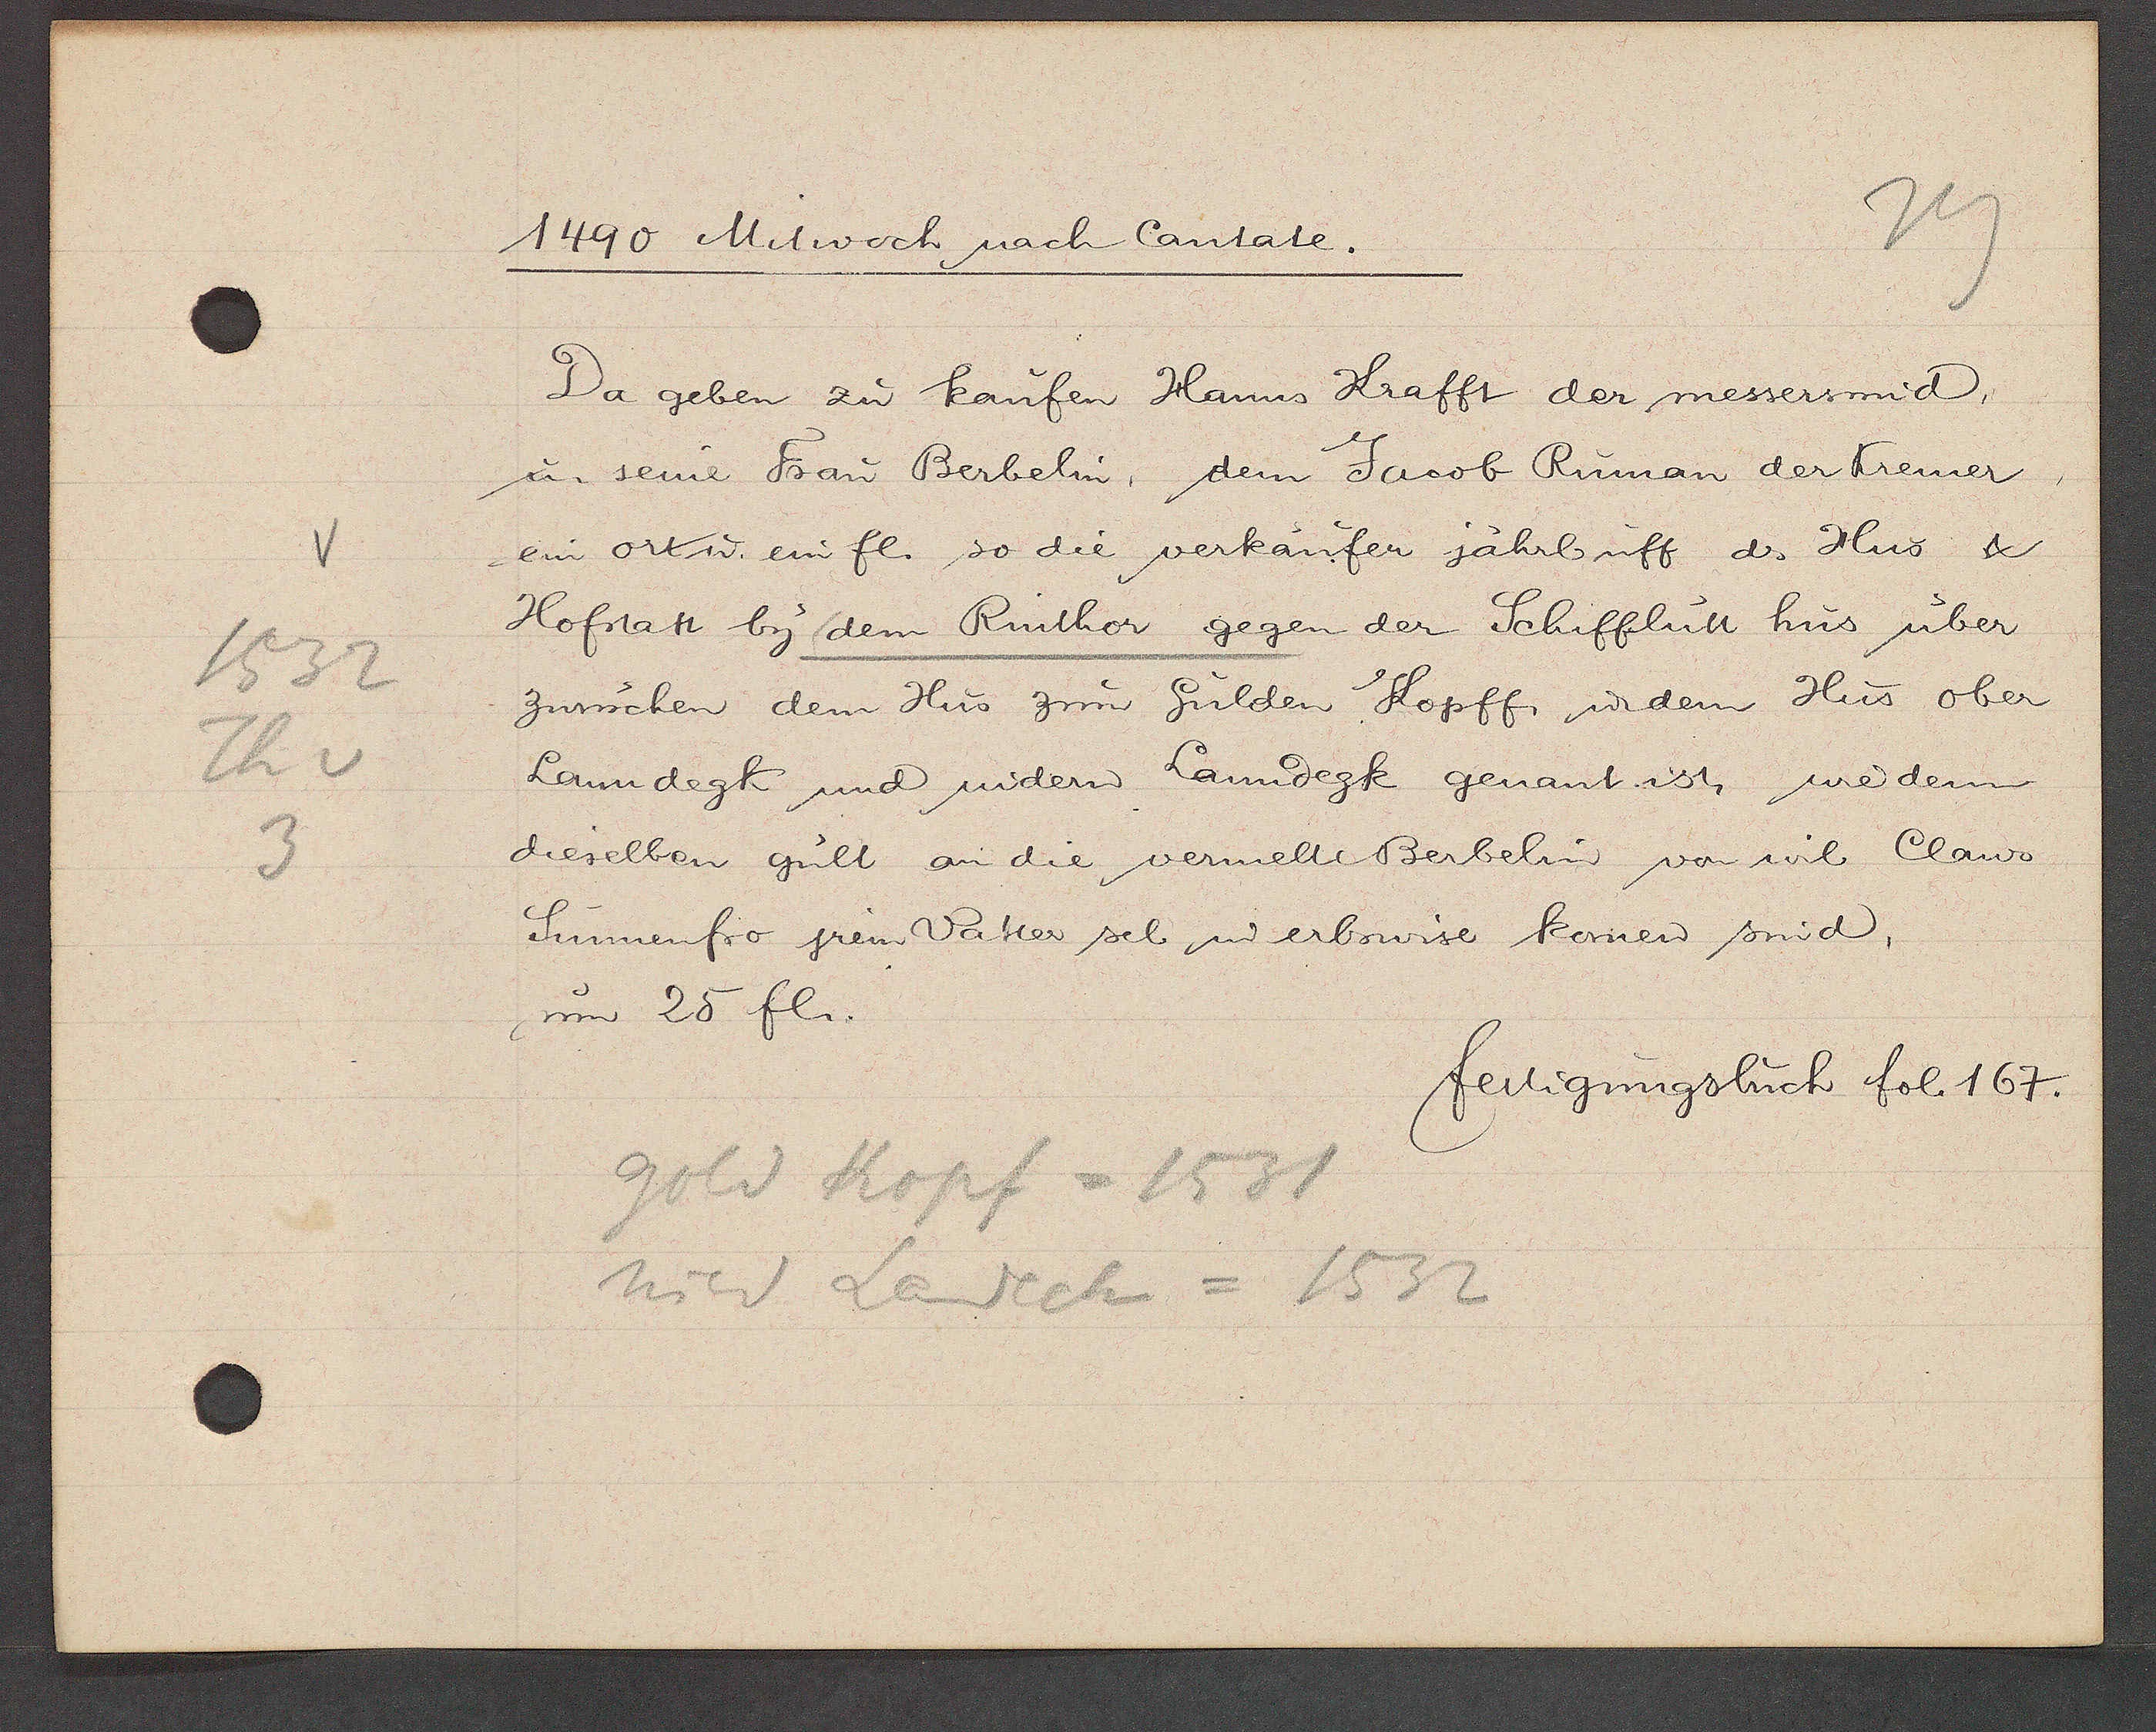
Transcript:
1532
Th v
3

1490 Mitwoch nach Cantate.

Da geben zu kaufen Hanns Krafft der messersmid,
u. seine Frau Berbelin, dem Jacob Ruman der Kremer,
ein ort u. ein fl. so die verkaufen jährl uff ds Hus &
Hofstatt by dem Rinthor gegen der Schifflütt hus über
zwüschen dem Hus zum Gulden Kopff, u. dem Hus ober
Landegk und nidern Lanndegk genant ist, wie dem
dieselben gult an die vermelte Berbelin von wil Claus
Sunnenfro jrem Vatter sel. u. erbswise komen sind,
um 25 fl.

gold Kopf = 1531
nider Landeck = 1532

fertigungsbuch fol. 167.